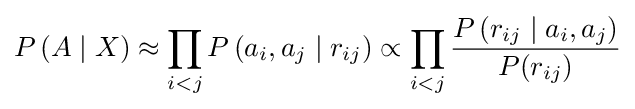
P\left(A\mid X\right)\approx \prod _{i<j}P\left(a_{i},a_{j}\mid r_{ij}\right)\propto \prod _{i<j}{\frac {P\left(r_{ij}\mid a_{i},a_{j}\right)}{P(r_{ij})}}